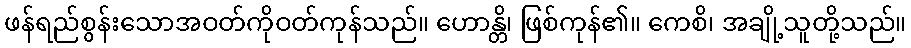
ဖန်ရည်စွန်းသောအဝတ်ကိုဝတ်ကုန်သည်။ ဟောန္တိ၊ ဖြစ်ကုန်၏။ ကေစိ၊ အချို့သူတို့သည်။